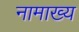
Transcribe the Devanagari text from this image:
नामाख्य